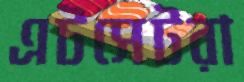
এটসেটরা